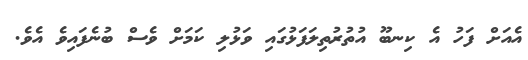
އެއަށް ފަހު އެ ކިނބޫ އުތުރުތިލަފަޅުގައި ވަޅުލި ކަމަށް ވެސް ބުނެފައިވެ އެވެ.